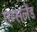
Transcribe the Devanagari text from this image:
एम्सलैंड